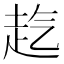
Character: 𧺞